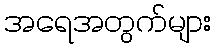
အရေအတွက်များ